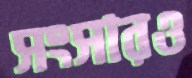
সংসারও